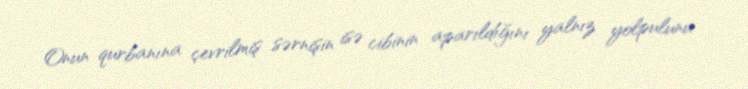
Onun qurbanına çevrilmiş sərnişin isə cibinin aparıldığını yalnız yolpulunu